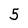
Character: 5